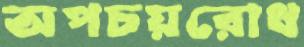
অপচয়রোধ